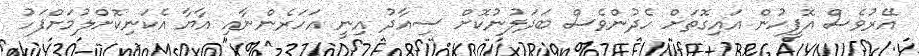
އޭރުވެސް އޮފީހުން އައިގޮތަށް ހެދުންވެސް ބަދަލުނުކޮށް ސިއާދު އިނީ އަހަރެންނާއި އާޔާ އެކަނިކޮށްލުމަށްފަހު